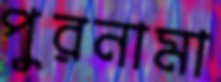
পুরনামা